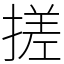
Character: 搓